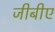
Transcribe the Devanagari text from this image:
जीबीए